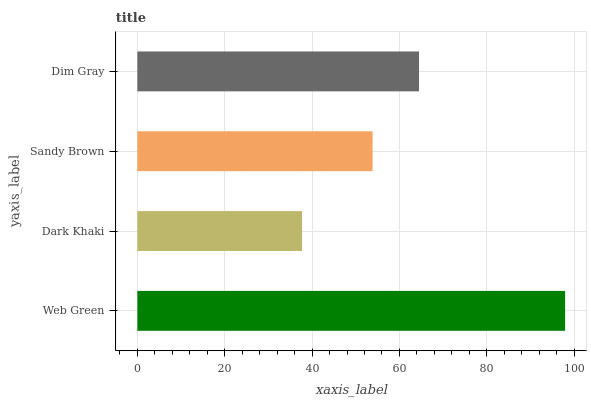
| yaxis_label | bars |
 | --- | --- |
 | Web Green | 97.9 |
 | Dark Khaki | 37.7 |
 | Sandy Brown | 53.9 |
 | Dim Gray | 64.5 |